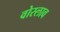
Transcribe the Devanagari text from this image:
वोस्लाव